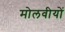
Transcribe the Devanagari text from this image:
मोलवीयों